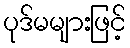
ပုဒ်မများဖြင့်